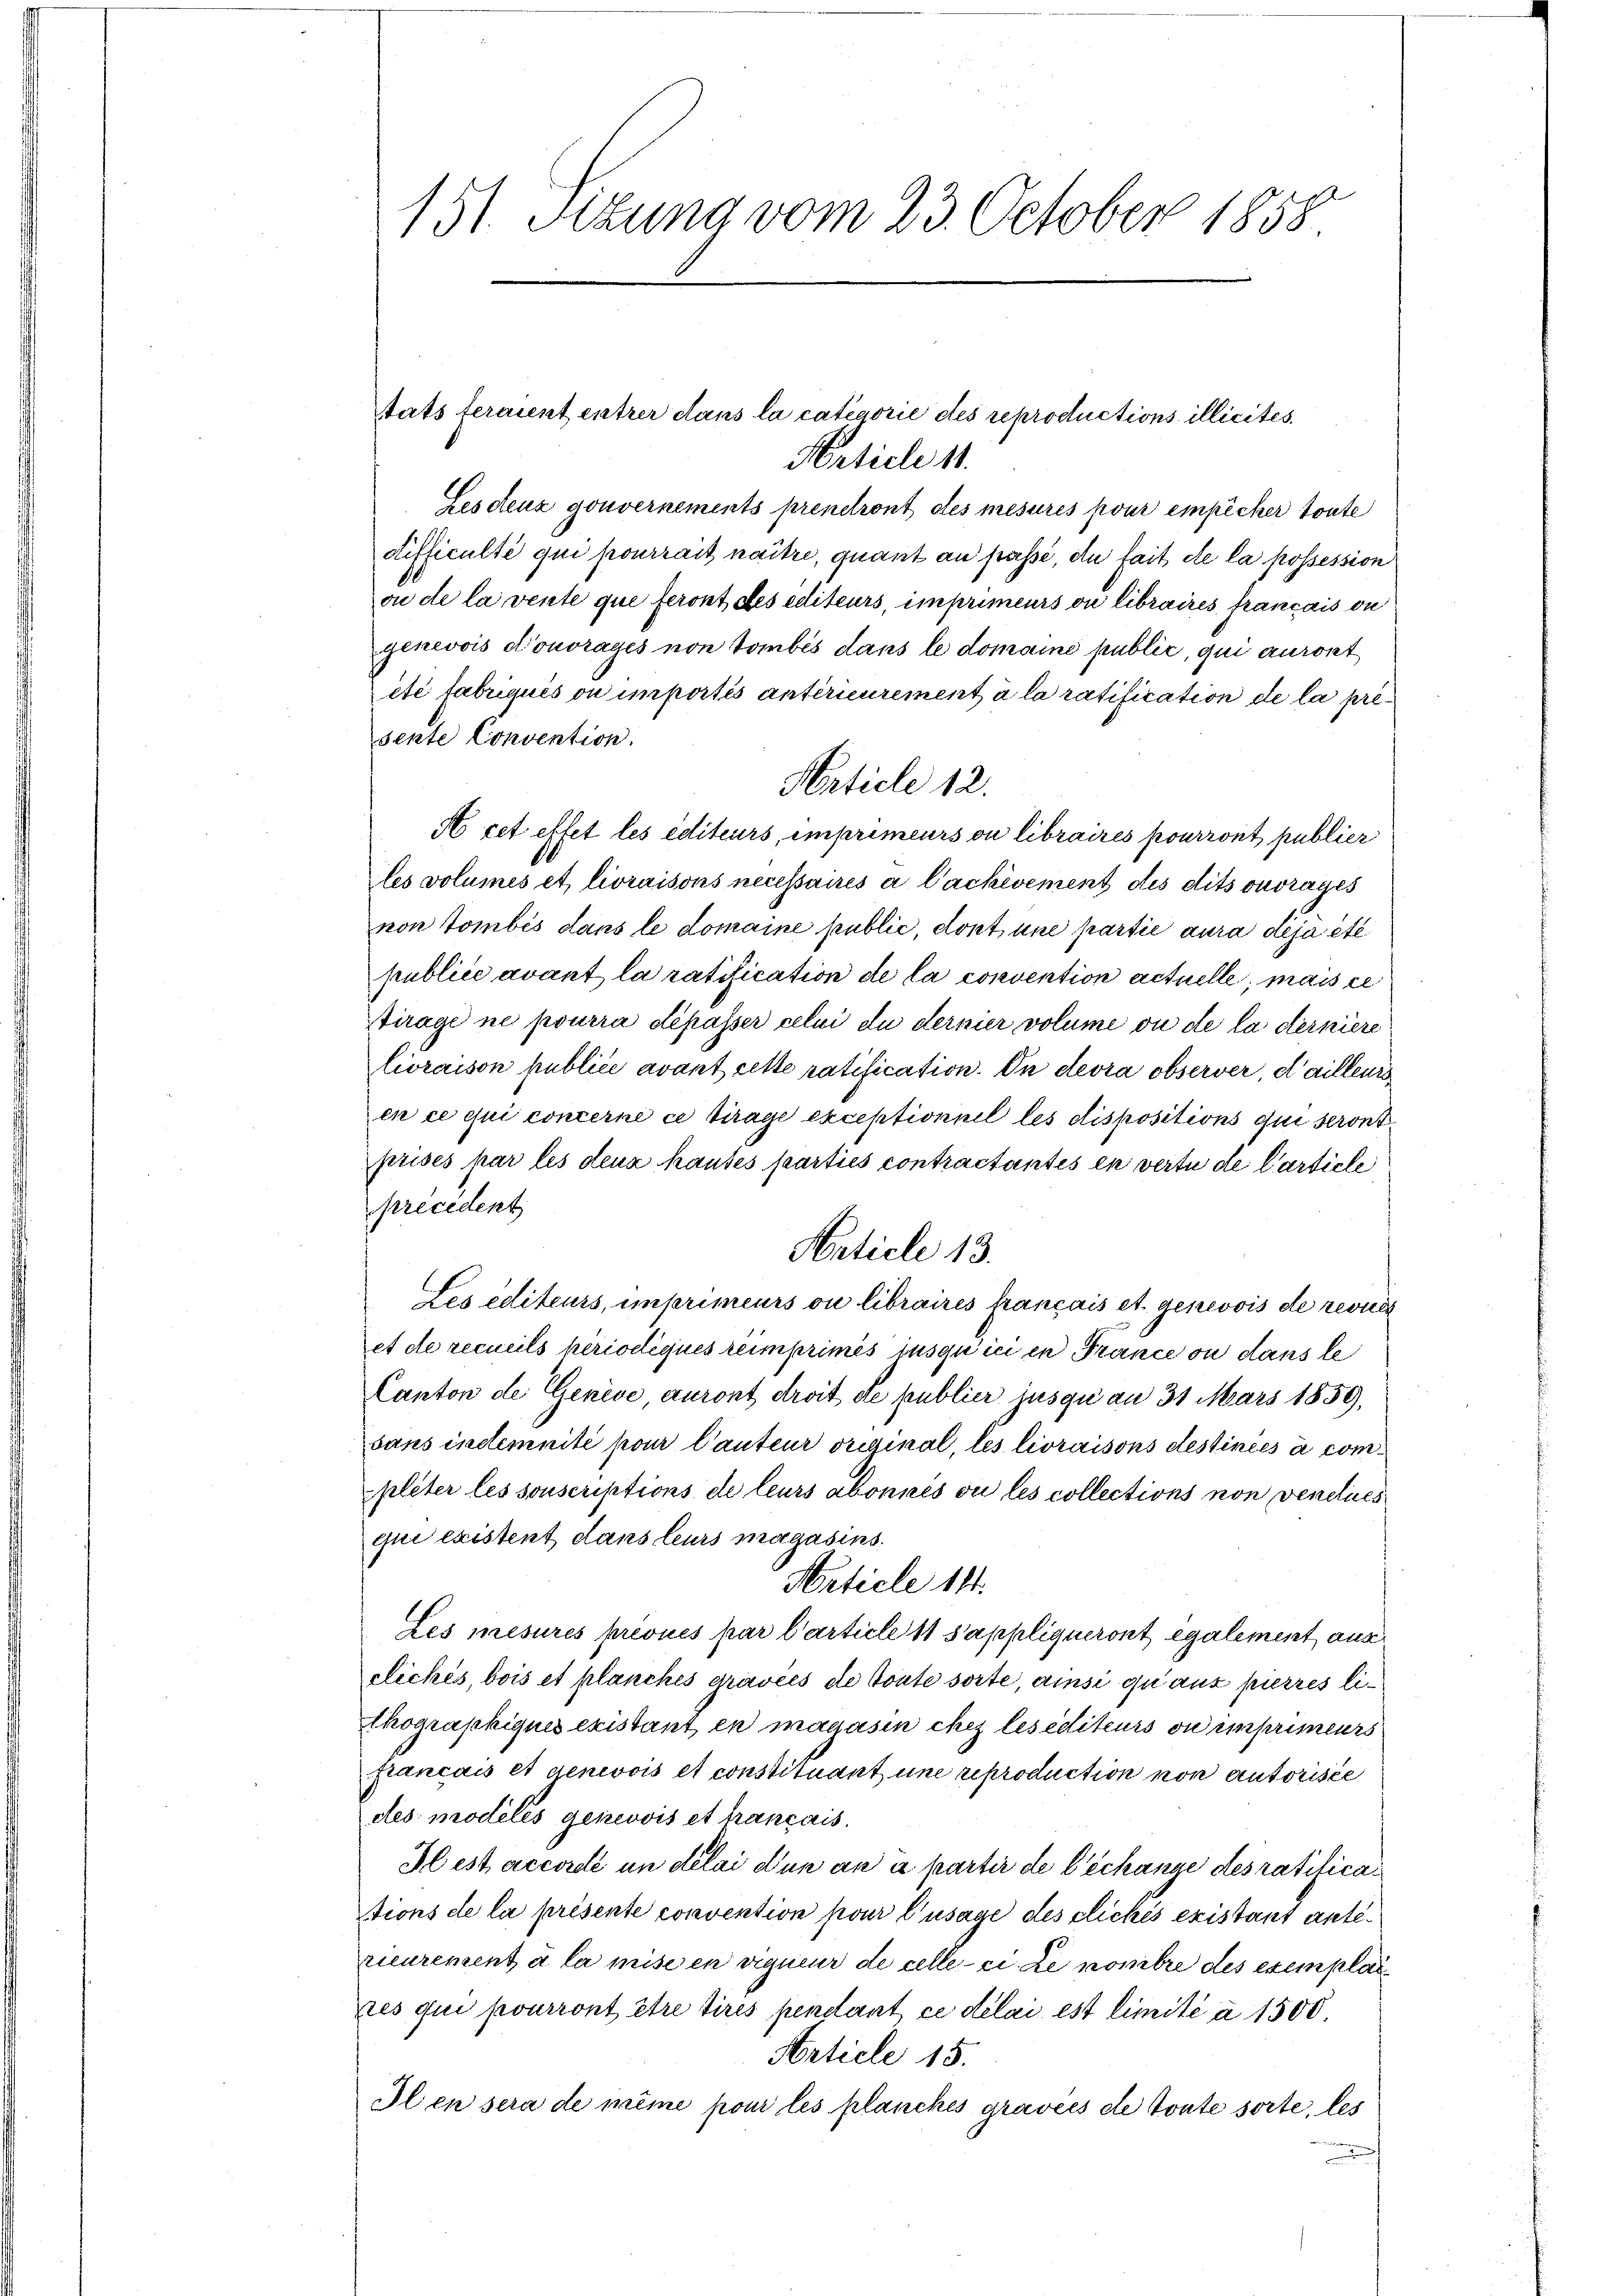
151. Sitzung vom 23. October 1858.

tats teraient entrer dans la categorie des reproductions illicites
Article 11.
Lesdeuz gouvernements preneront des mesures pour empêcher toute
difficulté qui pourrait naitre, quant an passi, die fait de la possession
ou de la vente que feront des editeurs, imprimeurs ou libraires francais on
genevois d’ouvrages non tombés dans le domaine public, qui auront
été fabriquis ou importis antérieurement à la ratification de la presente Convention.
A cet effet les éditeurs, imprimeurs ou libraires pourront publier
les volumes et livraisons necessaires a Cackivement des dits ouvrages
non tombés dans le domaine public, dont une partie aura déjà été
publice avant la ratification de la convention actuelle, mais ce
tirage ne pourra dépasser celui du dernier volume ou de la derniere
lioraison publici avant cette ratification. In devra observer, d’ailleurs
en ce qui concerne ce Tirage exceptionnil les dispositions qui seront
prises par les denn hauses parties contractantes en vertu de Carticle
precedent
Article 13.
Les éditeurs, imprimeurs ou libraires français et genevois de revue
et de recueils periodiqués reimprimés jusquici in France ou dans le
Canton de Genève, auront droit de publier jusqui an 31 März 1859,
sans indemnité pour Cauteur original, les livraisons destiniés à completer les souscriptions de leurs abonnes ou les collections non venelues
qui existent dans leurs magasins.
Muticle 144.
Les mesures prévues par l’article 11 Sappliqueront également, aus
cliches, bois et planches aravées de toute sorte, ansi qui aus pierres lithographiques existant en magasin chez lesediteurs ou imprimeurs
Français et genevois et constituant une reproduction von autorisée
dtes modelis genevois et trançais.
Hlest accordé un délai d’un an a partir de l’échange des ratifications de la présente convention pour l’usage des cliches existant anterieurement à la mise en vigueur de celle-ci. Le nombre des exemplar
res qui pourront être tirés pendant ce délai est limité à 1500.
Article 15.
Il en sera de même pour les planckes gravées de toute sorte, les

Article 12.